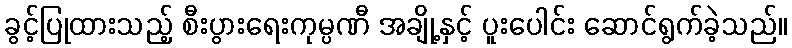
ခွင့်ပြုထားသည့် စီးပွားရေးကုမ္ပဏီ အချို့နှင့် ပူးပေါင်း ဆောင်ရွက်ခဲ့သည်။